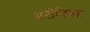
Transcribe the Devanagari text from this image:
अटींविरुद्ध